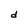
Character: d